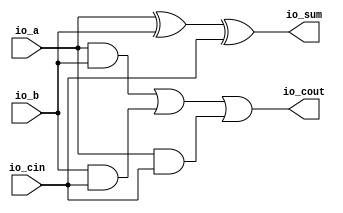
module FullAdder(
  input   io_a,
  input   io_b,
  input   io_cin,
  output  io_sum,
  output  io_cout
);
  wire  a_xor_b = io_a ^ io_b; // @[FullAdder.scala 16:22]
  wire  a_and_b = io_a & io_b; // @[FullAdder.scala 19:22]
  wire  b_and_cin = io_b & io_cin; // @[FullAdder.scala 20:24]
  wire  a_and_cin = io_a & io_cin; // @[FullAdder.scala 21:24]
  wire  _T_1 = a_and_b | b_and_cin; // @[FullAdder.scala 22:22]
  assign io_sum = a_xor_b ^ io_cin; // @[FullAdder.scala 17:10]
  assign io_cout = _T_1 | a_and_cin; // @[FullAdder.scala 22:11]
endmodule
module Adder(
  input  [15:0] io_A,
  input  [15:0] io_B,
  input         io_Cin,
  output [15:0] io_Sum,
  output        io_Cout
);
  wire  FullAdder_io_a; // @[Adder.scala 19:35]
  wire  FullAdder_io_b; // @[Adder.scala 19:35]
  wire  FullAdder_io_cin; // @[Adder.scala 19:35]
  wire  FullAdder_io_sum; // @[Adder.scala 19:35]
  wire  FullAdder_io_cout; // @[Adder.scala 19:35]
  wire  FullAdder_1_io_a; // @[Adder.scala 19:35]
  wire  FullAdder_1_io_b; // @[Adder.scala 19:35]
  wire  FullAdder_1_io_cin; // @[Adder.scala 19:35]
  wire  FullAdder_1_io_sum; // @[Adder.scala 19:35]
  wire  FullAdder_1_io_cout; // @[Adder.scala 19:35]
  wire  FullAdder_2_io_a; // @[Adder.scala 19:35]
  wire  FullAdder_2_io_b; // @[Adder.scala 19:35]
  wire  FullAdder_2_io_cin; // @[Adder.scala 19:35]
  wire  FullAdder_2_io_sum; // @[Adder.scala 19:35]
  wire  FullAdder_2_io_cout; // @[Adder.scala 19:35]
  wire  FullAdder_3_io_a; // @[Adder.scala 19:35]
  wire  FullAdder_3_io_b; // @[Adder.scala 19:35]
  wire  FullAdder_3_io_cin; // @[Adder.scala 19:35]
  wire  FullAdder_3_io_sum; // @[Adder.scala 19:35]
  wire  FullAdder_3_io_cout; // @[Adder.scala 19:35]
  wire  FullAdder_4_io_a; // @[Adder.scala 19:35]
  wire  FullAdder_4_io_b; // @[Adder.scala 19:35]
  wire  FullAdder_4_io_cin; // @[Adder.scala 19:35]
  wire  FullAdder_4_io_sum; // @[Adder.scala 19:35]
  wire  FullAdder_4_io_cout; // @[Adder.scala 19:35]
  wire  FullAdder_5_io_a; // @[Adder.scala 19:35]
  wire  FullAdder_5_io_b; // @[Adder.scala 19:35]
  wire  FullAdder_5_io_cin; // @[Adder.scala 19:35]
  wire  FullAdder_5_io_sum; // @[Adder.scala 19:35]
  wire  FullAdder_5_io_cout; // @[Adder.scala 19:35]
  wire  FullAdder_6_io_a; // @[Adder.scala 19:35]
  wire  FullAdder_6_io_b; // @[Adder.scala 19:35]
  wire  FullAdder_6_io_cin; // @[Adder.scala 19:35]
  wire  FullAdder_6_io_sum; // @[Adder.scala 19:35]
  wire  FullAdder_6_io_cout; // @[Adder.scala 19:35]
  wire  FullAdder_7_io_a; // @[Adder.scala 19:35]
  wire  FullAdder_7_io_b; // @[Adder.scala 19:35]
  wire  FullAdder_7_io_cin; // @[Adder.scala 19:35]
  wire  FullAdder_7_io_sum; // @[Adder.scala 19:35]
  wire  FullAdder_7_io_cout; // @[Adder.scala 19:35]
  wire  FullAdder_8_io_a; // @[Adder.scala 19:35]
  wire  FullAdder_8_io_b; // @[Adder.scala 19:35]
  wire  FullAdder_8_io_cin; // @[Adder.scala 19:35]
  wire  FullAdder_8_io_sum; // @[Adder.scala 19:35]
  wire  FullAdder_8_io_cout; // @[Adder.scala 19:35]
  wire  FullAdder_9_io_a; // @[Adder.scala 19:35]
  wire  FullAdder_9_io_b; // @[Adder.scala 19:35]
  wire  FullAdder_9_io_cin; // @[Adder.scala 19:35]
  wire  FullAdder_9_io_sum; // @[Adder.scala 19:35]
  wire  FullAdder_9_io_cout; // @[Adder.scala 19:35]
  wire  FullAdder_10_io_a; // @[Adder.scala 19:35]
  wire  FullAdder_10_io_b; // @[Adder.scala 19:35]
  wire  FullAdder_10_io_cin; // @[Adder.scala 19:35]
  wire  FullAdder_10_io_sum; // @[Adder.scala 19:35]
  wire  FullAdder_10_io_cout; // @[Adder.scala 19:35]
  wire  FullAdder_11_io_a; // @[Adder.scala 19:35]
  wire  FullAdder_11_io_b; // @[Adder.scala 19:35]
  wire  FullAdder_11_io_cin; // @[Adder.scala 19:35]
  wire  FullAdder_11_io_sum; // @[Adder.scala 19:35]
  wire  FullAdder_11_io_cout; // @[Adder.scala 19:35]
  wire  FullAdder_12_io_a; // @[Adder.scala 19:35]
  wire  FullAdder_12_io_b; // @[Adder.scala 19:35]
  wire  FullAdder_12_io_cin; // @[Adder.scala 19:35]
  wire  FullAdder_12_io_sum; // @[Adder.scala 19:35]
  wire  FullAdder_12_io_cout; // @[Adder.scala 19:35]
  wire  FullAdder_13_io_a; // @[Adder.scala 19:35]
  wire  FullAdder_13_io_b; // @[Adder.scala 19:35]
  wire  FullAdder_13_io_cin; // @[Adder.scala 19:35]
  wire  FullAdder_13_io_sum; // @[Adder.scala 19:35]
  wire  FullAdder_13_io_cout; // @[Adder.scala 19:35]
  wire  FullAdder_14_io_a; // @[Adder.scala 19:35]
  wire  FullAdder_14_io_b; // @[Adder.scala 19:35]
  wire  FullAdder_14_io_cin; // @[Adder.scala 19:35]
  wire  FullAdder_14_io_sum; // @[Adder.scala 19:35]
  wire  FullAdder_14_io_cout; // @[Adder.scala 19:35]
  wire  FullAdder_15_io_a; // @[Adder.scala 19:35]
  wire  FullAdder_15_io_b; // @[Adder.scala 19:35]
  wire  FullAdder_15_io_cin; // @[Adder.scala 19:35]
  wire  FullAdder_15_io_sum; // @[Adder.scala 19:35]
  wire  FullAdder_15_io_cout; // @[Adder.scala 19:35]
  wire  sum_0 = FullAdder_io_sum; // @[Adder.scala 32:26]
  wire  sum_1 = FullAdder_1_io_sum; // @[Adder.scala 32:26]
  wire  sum_2 = FullAdder_2_io_sum; // @[Adder.scala 32:26]
  wire  sum_3 = FullAdder_3_io_sum; // @[Adder.scala 32:26]
  wire  sum_4 = FullAdder_4_io_sum; // @[Adder.scala 32:26]
  wire  sum_5 = FullAdder_5_io_sum; // @[Adder.scala 32:26]
  wire  sum_6 = FullAdder_6_io_sum; // @[Adder.scala 32:26]
  wire  sum_7 = FullAdder_7_io_sum; // @[Adder.scala 32:26]
  wire  sum_8 = FullAdder_8_io_sum; // @[Adder.scala 32:26]
  wire  sum_9 = FullAdder_9_io_sum; // @[Adder.scala 32:26]
  wire  sum_10 = FullAdder_10_io_sum; // @[Adder.scala 32:26]
  wire  sum_11 = FullAdder_11_io_sum; // @[Adder.scala 32:26]
  wire  sum_12 = FullAdder_12_io_sum; // @[Adder.scala 32:26]
  wire  sum_13 = FullAdder_13_io_sum; // @[Adder.scala 32:26]
  wire  sum_14 = FullAdder_14_io_sum; // @[Adder.scala 32:26]
  wire  sum_15 = FullAdder_15_io_sum; // @[Adder.scala 32:26]
  wire [7:0] _T_54 = {sum_7,sum_6,sum_5,sum_4,sum_3,sum_2,sum_1,sum_0}; // @[Adder.scala 34:17]
  wire [7:0] _T_61 = {sum_15,sum_14,sum_13,sum_12,sum_11,sum_10,sum_9,sum_8}; // @[Adder.scala 34:17]
  FullAdder FullAdder ( // @[Adder.scala 19:35]
    .io_a(FullAdder_io_a),
    .io_b(FullAdder_io_b),
    .io_cin(FullAdder_io_cin),
    .io_sum(FullAdder_io_sum),
    .io_cout(FullAdder_io_cout)
  );
  FullAdder FullAdder_1 ( // @[Adder.scala 19:35]
    .io_a(FullAdder_1_io_a),
    .io_b(FullAdder_1_io_b),
    .io_cin(FullAdder_1_io_cin),
    .io_sum(FullAdder_1_io_sum),
    .io_cout(FullAdder_1_io_cout)
  );
  FullAdder FullAdder_2 ( // @[Adder.scala 19:35]
    .io_a(FullAdder_2_io_a),
    .io_b(FullAdder_2_io_b),
    .io_cin(FullAdder_2_io_cin),
    .io_sum(FullAdder_2_io_sum),
    .io_cout(FullAdder_2_io_cout)
  );
  FullAdder FullAdder_3 ( // @[Adder.scala 19:35]
    .io_a(FullAdder_3_io_a),
    .io_b(FullAdder_3_io_b),
    .io_cin(FullAdder_3_io_cin),
    .io_sum(FullAdder_3_io_sum),
    .io_cout(FullAdder_3_io_cout)
  );
  FullAdder FullAdder_4 ( // @[Adder.scala 19:35]
    .io_a(FullAdder_4_io_a),
    .io_b(FullAdder_4_io_b),
    .io_cin(FullAdder_4_io_cin),
    .io_sum(FullAdder_4_io_sum),
    .io_cout(FullAdder_4_io_cout)
  );
  FullAdder FullAdder_5 ( // @[Adder.scala 19:35]
    .io_a(FullAdder_5_io_a),
    .io_b(FullAdder_5_io_b),
    .io_cin(FullAdder_5_io_cin),
    .io_sum(FullAdder_5_io_sum),
    .io_cout(FullAdder_5_io_cout)
  );
  FullAdder FullAdder_6 ( // @[Adder.scala 19:35]
    .io_a(FullAdder_6_io_a),
    .io_b(FullAdder_6_io_b),
    .io_cin(FullAdder_6_io_cin),
    .io_sum(FullAdder_6_io_sum),
    .io_cout(FullAdder_6_io_cout)
  );
  FullAdder FullAdder_7 ( // @[Adder.scala 19:35]
    .io_a(FullAdder_7_io_a),
    .io_b(FullAdder_7_io_b),
    .io_cin(FullAdder_7_io_cin),
    .io_sum(FullAdder_7_io_sum),
    .io_cout(FullAdder_7_io_cout)
  );
  FullAdder FullAdder_8 ( // @[Adder.scala 19:35]
    .io_a(FullAdder_8_io_a),
    .io_b(FullAdder_8_io_b),
    .io_cin(FullAdder_8_io_cin),
    .io_sum(FullAdder_8_io_sum),
    .io_cout(FullAdder_8_io_cout)
  );
  FullAdder FullAdder_9 ( // @[Adder.scala 19:35]
    .io_a(FullAdder_9_io_a),
    .io_b(FullAdder_9_io_b),
    .io_cin(FullAdder_9_io_cin),
    .io_sum(FullAdder_9_io_sum),
    .io_cout(FullAdder_9_io_cout)
  );
  FullAdder FullAdder_10 ( // @[Adder.scala 19:35]
    .io_a(FullAdder_10_io_a),
    .io_b(FullAdder_10_io_b),
    .io_cin(FullAdder_10_io_cin),
    .io_sum(FullAdder_10_io_sum),
    .io_cout(FullAdder_10_io_cout)
  );
  FullAdder FullAdder_11 ( // @[Adder.scala 19:35]
    .io_a(FullAdder_11_io_a),
    .io_b(FullAdder_11_io_b),
    .io_cin(FullAdder_11_io_cin),
    .io_sum(FullAdder_11_io_sum),
    .io_cout(FullAdder_11_io_cout)
  );
  FullAdder FullAdder_12 ( // @[Adder.scala 19:35]
    .io_a(FullAdder_12_io_a),
    .io_b(FullAdder_12_io_b),
    .io_cin(FullAdder_12_io_cin),
    .io_sum(FullAdder_12_io_sum),
    .io_cout(FullAdder_12_io_cout)
  );
  FullAdder FullAdder_13 ( // @[Adder.scala 19:35]
    .io_a(FullAdder_13_io_a),
    .io_b(FullAdder_13_io_b),
    .io_cin(FullAdder_13_io_cin),
    .io_sum(FullAdder_13_io_sum),
    .io_cout(FullAdder_13_io_cout)
  );
  FullAdder FullAdder_14 ( // @[Adder.scala 19:35]
    .io_a(FullAdder_14_io_a),
    .io_b(FullAdder_14_io_b),
    .io_cin(FullAdder_14_io_cin),
    .io_sum(FullAdder_14_io_sum),
    .io_cout(FullAdder_14_io_cout)
  );
  FullAdder FullAdder_15 ( // @[Adder.scala 19:35]
    .io_a(FullAdder_15_io_a),
    .io_b(FullAdder_15_io_b),
    .io_cin(FullAdder_15_io_cin),
    .io_sum(FullAdder_15_io_sum),
    .io_cout(FullAdder_15_io_cout)
  );
  assign io_Sum = {_T_61,_T_54}; // @[Adder.scala 34:10]
  assign io_Cout = FullAdder_15_io_cout; // @[Adder.scala 35:11]
  assign FullAdder_io_a = io_A[0]; // @[Adder.scala 28:14]
  assign FullAdder_io_b = io_B[0]; // @[Adder.scala 29:14]
  assign FullAdder_io_cin = io_Cin; // @[Adder.scala 30:16]
  assign FullAdder_1_io_a = io_A[1]; // @[Adder.scala 28:14]
  assign FullAdder_1_io_b = io_B[1]; // @[Adder.scala 29:14]
  assign FullAdder_1_io_cin = FullAdder_io_cout; // @[Adder.scala 30:16]
  assign FullAdder_2_io_a = io_A[2]; // @[Adder.scala 28:14]
  assign FullAdder_2_io_b = io_B[2]; // @[Adder.scala 29:14]
  assign FullAdder_2_io_cin = FullAdder_1_io_cout; // @[Adder.scala 30:16]
  assign FullAdder_3_io_a = io_A[3]; // @[Adder.scala 28:14]
  assign FullAdder_3_io_b = io_B[3]; // @[Adder.scala 29:14]
  assign FullAdder_3_io_cin = FullAdder_2_io_cout; // @[Adder.scala 30:16]
  assign FullAdder_4_io_a = io_A[4]; // @[Adder.scala 28:14]
  assign FullAdder_4_io_b = io_B[4]; // @[Adder.scala 29:14]
  assign FullAdder_4_io_cin = FullAdder_3_io_cout; // @[Adder.scala 30:16]
  assign FullAdder_5_io_a = io_A[5]; // @[Adder.scala 28:14]
  assign FullAdder_5_io_b = io_B[5]; // @[Adder.scala 29:14]
  assign FullAdder_5_io_cin = FullAdder_4_io_cout; // @[Adder.scala 30:16]
  assign FullAdder_6_io_a = io_A[6]; // @[Adder.scala 28:14]
  assign FullAdder_6_io_b = io_B[6]; // @[Adder.scala 29:14]
  assign FullAdder_6_io_cin = FullAdder_5_io_cout; // @[Adder.scala 30:16]
  assign FullAdder_7_io_a = io_A[7]; // @[Adder.scala 28:14]
  assign FullAdder_7_io_b = io_B[7]; // @[Adder.scala 29:14]
  assign FullAdder_7_io_cin = FullAdder_6_io_cout; // @[Adder.scala 30:16]
  assign FullAdder_8_io_a = io_A[8]; // @[Adder.scala 28:14]
  assign FullAdder_8_io_b = io_B[8]; // @[Adder.scala 29:14]
  assign FullAdder_8_io_cin = FullAdder_7_io_cout; // @[Adder.scala 30:16]
  assign FullAdder_9_io_a = io_A[9]; // @[Adder.scala 28:14]
  assign FullAdder_9_io_b = io_B[9]; // @[Adder.scala 29:14]
  assign FullAdder_9_io_cin = FullAdder_8_io_cout; // @[Adder.scala 30:16]
  assign FullAdder_10_io_a = io_A[10]; // @[Adder.scala 28:14]
  assign FullAdder_10_io_b = io_B[10]; // @[Adder.scala 29:14]
  assign FullAdder_10_io_cin = FullAdder_9_io_cout; // @[Adder.scala 30:16]
  assign FullAdder_11_io_a = io_A[11]; // @[Adder.scala 28:14]
  assign FullAdder_11_io_b = io_B[11]; // @[Adder.scala 29:14]
  assign FullAdder_11_io_cin = FullAdder_10_io_cout; // @[Adder.scala 30:16]
  assign FullAdder_12_io_a = io_A[12]; // @[Adder.scala 28:14]
  assign FullAdder_12_io_b = io_B[12]; // @[Adder.scala 29:14]
  assign FullAdder_12_io_cin = FullAdder_11_io_cout; // @[Adder.scala 30:16]
  assign FullAdder_13_io_a = io_A[13]; // @[Adder.scala 28:14]
  assign FullAdder_13_io_b = io_B[13]; // @[Adder.scala 29:14]
  assign FullAdder_13_io_cin = FullAdder_12_io_cout; // @[Adder.scala 30:16]
  assign FullAdder_14_io_a = io_A[14]; // @[Adder.scala 28:14]
  assign FullAdder_14_io_b = io_B[14]; // @[Adder.scala 29:14]
  assign FullAdder_14_io_cin = FullAdder_13_io_cout; // @[Adder.scala 30:16]
  assign FullAdder_15_io_a = io_A[15]; // @[Adder.scala 28:14]
  assign FullAdder_15_io_b = io_B[15]; // @[Adder.scala 29:14]
  assign FullAdder_15_io_cin = FullAdder_14_io_cout; // @[Adder.scala 30:16]
endmodule
module Adder_2(
  input         clock,
  input         reset,
  input  [31:0] io_a,
  input  [31:0] io_b,
  output [31:0] io_sum
);
  wire [15:0] Adder0_io_A; // @[Adder_2.scala 14:24]
  wire [15:0] Adder0_io_B; // @[Adder_2.scala 14:24]
  wire  Adder0_io_Cin; // @[Adder_2.scala 14:24]
  wire [15:0] Adder0_io_Sum; // @[Adder_2.scala 14:24]
  wire  Adder0_io_Cout; // @[Adder_2.scala 14:24]
  wire [15:0] Adder1_io_A; // @[Adder_2.scala 20:24]
  wire [15:0] Adder1_io_B; // @[Adder_2.scala 20:24]
  wire  Adder1_io_Cin; // @[Adder_2.scala 20:24]
  wire [15:0] Adder1_io_Sum; // @[Adder_2.scala 20:24]
  wire  Adder1_io_Cout; // @[Adder_2.scala 20:24]
  Adder Adder0 ( // @[Adder_2.scala 14:24]
    .io_A(Adder0_io_A),
    .io_B(Adder0_io_B),
    .io_Cin(Adder0_io_Cin),
    .io_Sum(Adder0_io_Sum),
    .io_Cout(Adder0_io_Cout)
  );
  Adder Adder1 ( // @[Adder_2.scala 20:24]
    .io_A(Adder1_io_A),
    .io_B(Adder1_io_B),
    .io_Cin(Adder1_io_Cin),
    .io_Sum(Adder1_io_Sum),
    .io_Cout(Adder1_io_Cout)
  );
  assign io_sum = {Adder0_io_Sum,Adder1_io_Sum}; // @[Adder_2.scala 26:12]
  assign Adder0_io_A = io_a[15:0]; // @[Adder_2.scala 15:17]
  assign Adder0_io_B = io_b[15:0]; // @[Adder_2.scala 16:17]
  assign Adder0_io_Cin = 1'h0; // @[Adder_2.scala 17:19]
  assign Adder1_io_A = io_a[15:0]; // @[Adder_2.scala 21:17]
  assign Adder1_io_B = io_b[15:0]; // @[Adder_2.scala 22:17]
  assign Adder1_io_Cin = Adder0_io_Cout; // @[Adder_2.scala 23:19]
endmodule